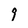
Character: 9